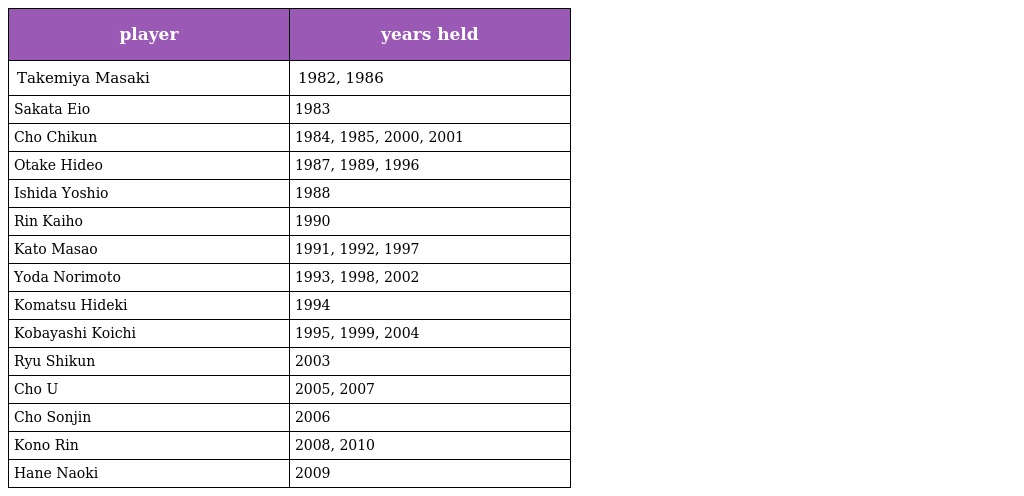
| player | years held |
 | --- | --- |
 | Takemiya Masaki | 1982, 1986 |
 | Sakata Eio | 1983 |
 | Cho Chikun | 1984, 1985, 2000, 2001 |
 | Otake Hideo | 1987, 1989, 1996 |
 | Ishida Yoshio | 1988 |
 | Rin Kaiho | 1990 |
 | Kato Masao | 1991, 1992, 1997 |
 | Yoda Norimoto | 1993, 1998, 2002 |
 | Komatsu Hideki | 1994 |
 | Kobayashi Koichi | 1995, 1999, 2004 |
 | Ryu Shikun | 2003 |
 | Cho U | 2005, 2007 |
 | Cho Sonjin | 2006 |
 | Kono Rin | 2008, 2010 |
 | Hane Naoki | 2009 |